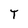
Character: T